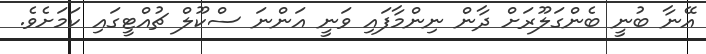
އޭނާ ބުނީ ބެންގަލޫރަށް ދާން ނިންމާފައި ވަނީ އަންނަ ސްކޫލް ޗުއްޓީގައި ކަމަށެވެ.